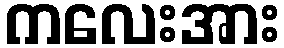
ကလေးအား